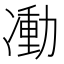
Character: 𠘃